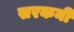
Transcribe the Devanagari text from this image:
सरकनी